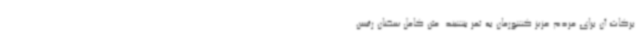
برکات آن برای مردم عزیز کشورمان به ثمر بنشیند. متن کامل سخنان رئیس